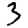
Digit: 3